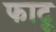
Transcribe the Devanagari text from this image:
फाटू